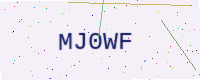
Text: MJ0WF